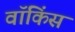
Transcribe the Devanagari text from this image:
वॉकिंस